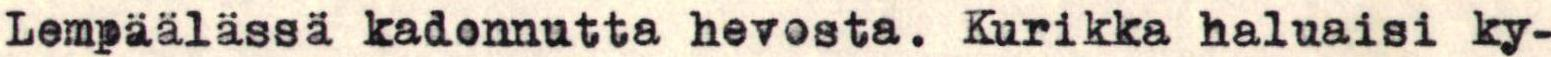
Lempäälässä kadonnutta hevosta. Kurikka haluaisi ky-